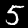
Label: 5